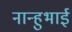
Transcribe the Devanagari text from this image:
नान्हुभाई